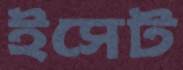
ইসেট